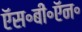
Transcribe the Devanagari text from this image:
ऍस॰बी॰ऍन॰